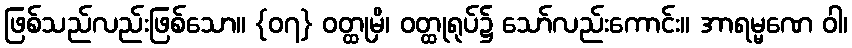
ဖြစ်သည်လည်းဖြစ်သော။ {၀၇} ဝတ္ထုမှိ၊ ဝတ္ထုရုပ်၌ သော်လည်းကောင်း။ အာရမ္မဏေ ဝါ၊